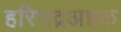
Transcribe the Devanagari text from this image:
हरिभद्रअष्टक